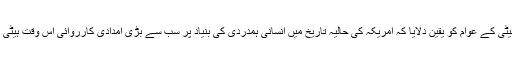
تاہم اُنھوں نے ہیٹی کے عوام کو یقین دلایا کہ امریکہ کی حالیہ تاریخ میں انسانی ہمدردی کی بنیاد پر سب سے بڑی امدادی کارروائی اِس وقت ہیٹی میں جاری ہے۔